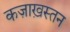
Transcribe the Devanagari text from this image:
कज़ाख़स्तन